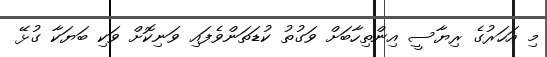
މި އަހަރުގެ ރިޔާސީ އިންތިހާބަށް ވަގުތު ކުޑަތަންވެފައި ވަނިކޮށް ވަކި ބަޔަކާ ގުޅޭ